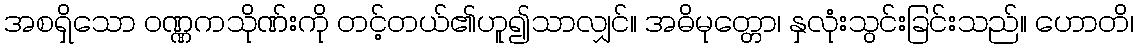
အစရှိသော ဝဏ္ဏကသိုဏ်းကို တင့်တယ်၏ဟူ၍သာလျှင်။ အဓိမုတ္တော၊ နှလုံးသွင်းခြင်းသည်။ ဟောတိ၊